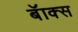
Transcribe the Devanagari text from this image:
बॅाक्स